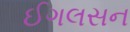
ઈગલસન